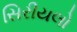
સિરીયલો